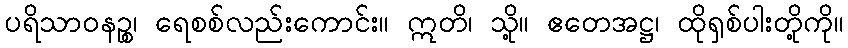
ပရိသာဝနဉ္စ၊ ရေစစ်လည်းကောင်း။ ဣတိ၊ သို့။ ဧတေအဋ္ဌ၊ ထိုရှစ်ပါးတို့ကို။